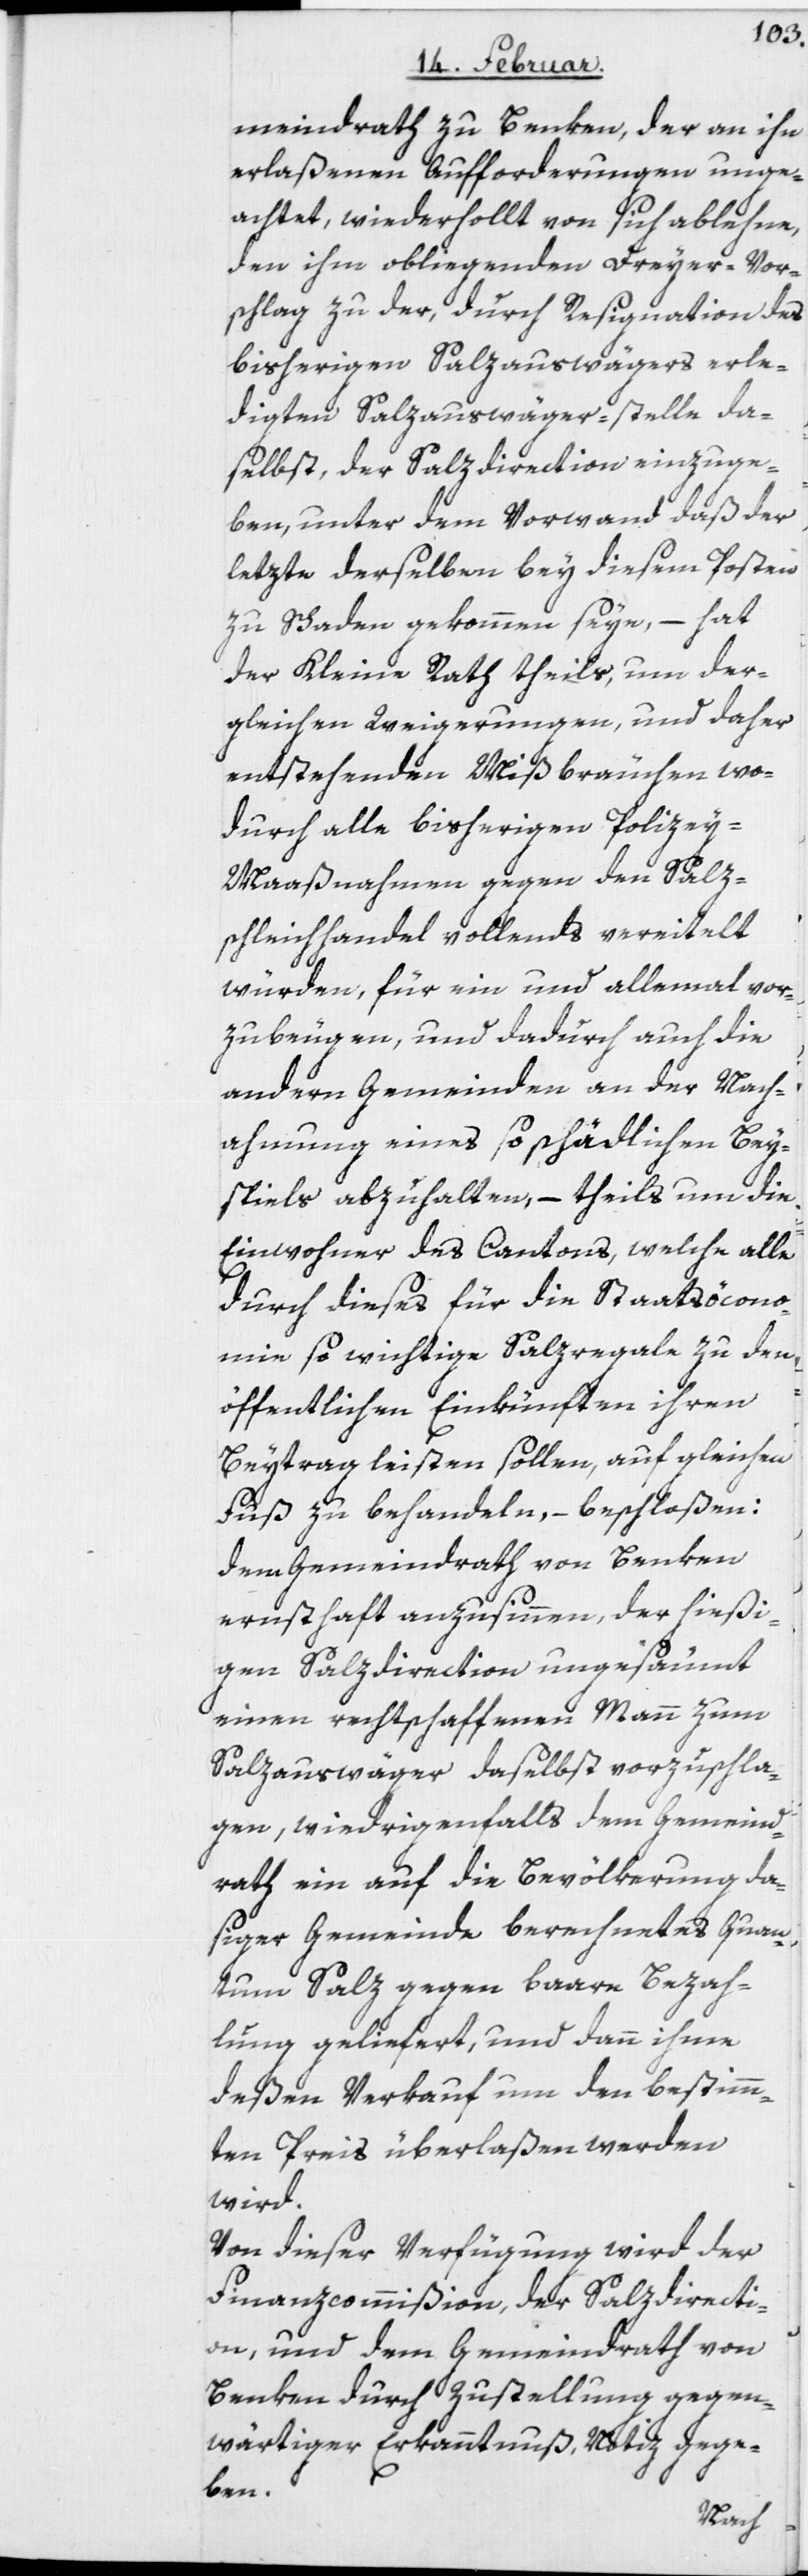
meindrath zu Benken, der an ihn
erlaßenen Aufforderungen unge¬
achtet, wiederholt von sich ablehne,
den ihm obliegenden Dreyervor¬
schlag zu der, durch Resignation des
bisherigen Salzauswägers erle¬
digten Salzauswäger-stelle da¬
selbst, der Salzdirection einzuge¬
ben, unter dem Vorwand, daß der
letzte derselben bey diesem Posten
zu Schaden gekommen seye, – hat
der Kleine Rath theils, um der¬
gleichen Weigerungen, und daher
entstehenden Mißbräuchen wo¬
durch alle bisherigen Polizey-M¬
aaßnahmen gegen den Salz¬
schleichhandel vollends vereitelt
würden, für ein und allemal vor¬
zubeugen, und dadurch auch die
andern Gemeinden an der Nach¬
ahmung eines so schädlichen Bey¬
spiels abzuhalten, – theils um die
Einwohner des Cantons, welche alle
durch dieses für die Staatsöcono¬
mie so wichtige Salzregale zu den
öffentlichen Einkünften ihren
Beytrag leisten sollen, auf gleichen
Fuß zu behandeln, – beschloßen:
dem Gemeindrath von Benken
ernsthaft anzusinnen, der hießi¬
gen Salzdirection ungesäumt
einen rechtschaffenen Mann zum
Salzauswäger daselbst vorzuschla¬
gen, widrigenfalls dem Gemeind¬
rath ein auf die Bevölkerung da¬
siger Gemeinde berechnetes Quan¬
tum Salz gegen baare Bezah¬
lung geliefert, und dann ihme
deßen Verkauf um den bestimm¬
ten Preis überlaßen werden
wird.
Von dieser Verfügung wird der
Finanzcommißion, der Salzdirecti¬
on, und dem Gemeindrath von
Benken durch Zustellung gegen¬
wärtiger Erkanntnuß, Notiz gege¬
ben.